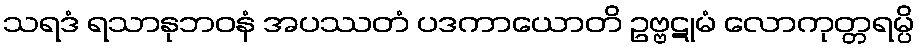
သရဒံ ရသာနုဘဝနံ အပဿတံ ပဒကာယောတိ ဥဗ္ဗဋုမံ လောကုတ္တရမ္ပိ